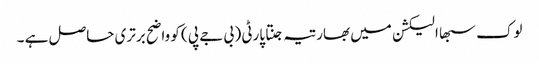
لوک سبھا الیکشن میں بھارتیہ جنتا پارٹی ( بی جے پی ) کو واضح برتری حاصل ہے ۔